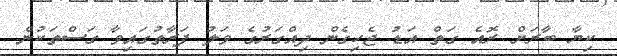
ކިޔާ ބާރަށް ރޮއެ ގަތް އަޑު ޖެހިގެން ދިއްގަރުގެ ވަލު ފަރާތުގައިވާ ގަސްތަކުން